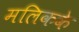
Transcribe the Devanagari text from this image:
मलिकके